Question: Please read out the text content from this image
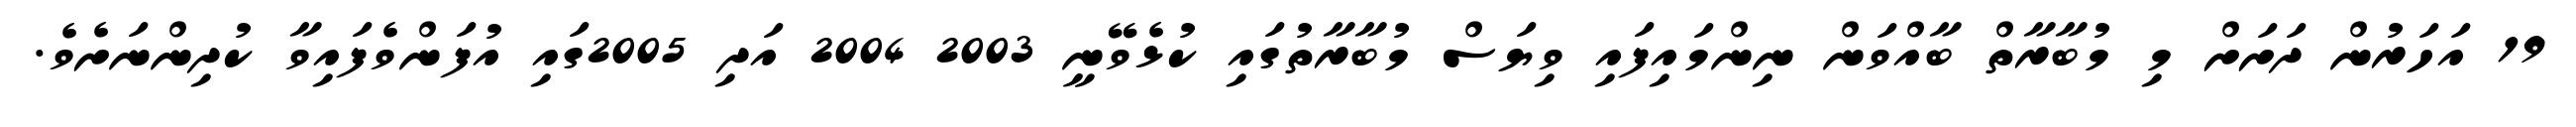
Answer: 19 އަހަރުން ދަށަށް މި މުބާރާތް ބާއްވަން ނިންމައިފައި ވިޔަސް މުބާރާތުގައި ކުޅެވޭނީ 2003 2004 އަދި 2005ގައި އުފަންވެފައިވާ ކުދިންނަށެވެ.